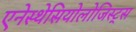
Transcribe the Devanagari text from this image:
एनेस्थेसियोलोजिस्ट्स